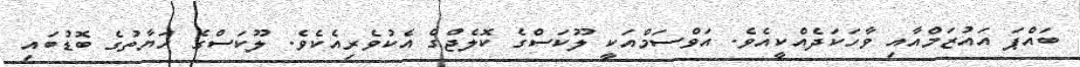
ބައްޕަ އައުޒަމްއާއި ވާހަކަދެއްކީއެވެ. އަވްސަމްއަކީ ލޫކަސްގެ ކޮލެޖްގެ އެކުވެރިއެކެވެ. ލޫކަސްގެ ހަޔާތުގެ ބޮޑުބައި